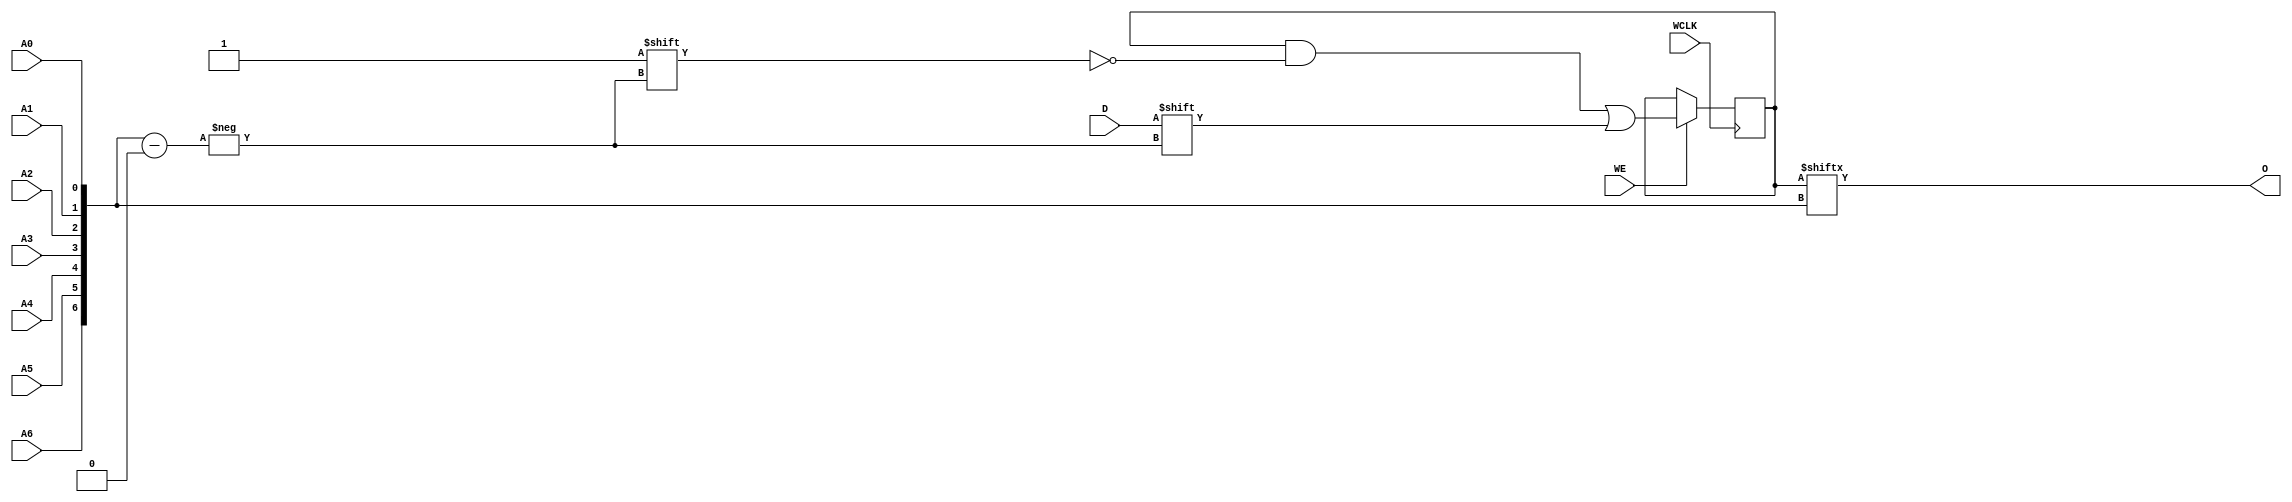
// $Header: /devl/xcs/repo/env/Databases/CAEInterfaces/verunilibs/data/unisims/RAM128X1S_1.v,v 1.7.158.1 2007/03/09 18:13:17 patrickp Exp $
///////////////////////////////////////////////////////////////////////////////
// Copyright (c) 1995/2004 Xilinx, Inc.
// All Right Reserved.
///////////////////////////////////////////////////////////////////////////////
//   ____  ____
//  /   /\/   /
// /___/  \  /    Vendor : Xilinx
// \   \   \/     Version : 8.1i (I.13)
//  \   \         Description : Xilinx Functional Simulation Library Component
//  /   /                  Static Synchronous RAM 128-Deep by 1-Wide
// /___/   /\     Filename : RAM128X1S_1.v
// \   \  /  \    Timestamp : Thu Mar 25 16:43:32 PST 2004
//  \___\/\___\
//
// Revision:
//    03/23/04 - Initial version.
//    02/04/05 - Rev 0.0.1 Remove input/output bufs; Remove for-loop in initial block;
// End Revision

`timescale  1 ps / 1 ps


module RAM128X1S_1 (O, A0, A1, A2, A3, A4, A5, A6, D, WCLK, WE);

    parameter INIT = 128'h00000000000000000000000000000000;

    output O;

    input  A0, A1, A2, A3, A4, A5, A6, D, WCLK, WE;

    reg  [127:0] mem;
    wire [6:0] adr;

    assign adr = {A6, A5, A4, A3, A2, A1, A0};
    assign O = mem[adr];

    initial 
        mem = INIT;

    always @(negedge WCLK) 
        if (WE == 1'b1)
            mem[adr] <= #100 D;

endmodule